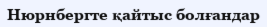
Нюрнбергте қайтыс болғандар